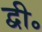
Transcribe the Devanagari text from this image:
द्वी॰